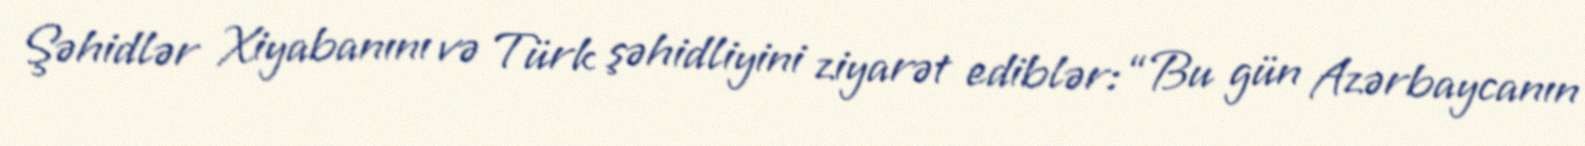
Şəhidlər Xiyabanını və Türk şəhidliyini ziyarət ediblər: “Bu gün Azərbaycanın